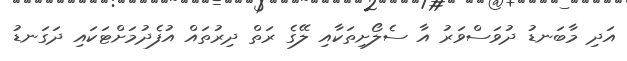
އަދި މާބަނޑު ދުވަސްވަރު އާ ސެލޯށިތަކާއި ލޭގެ ރަތް ދިރުތައް އުފެދުމަށްޓަކައި ދަގަނޑު